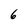
Character: 6